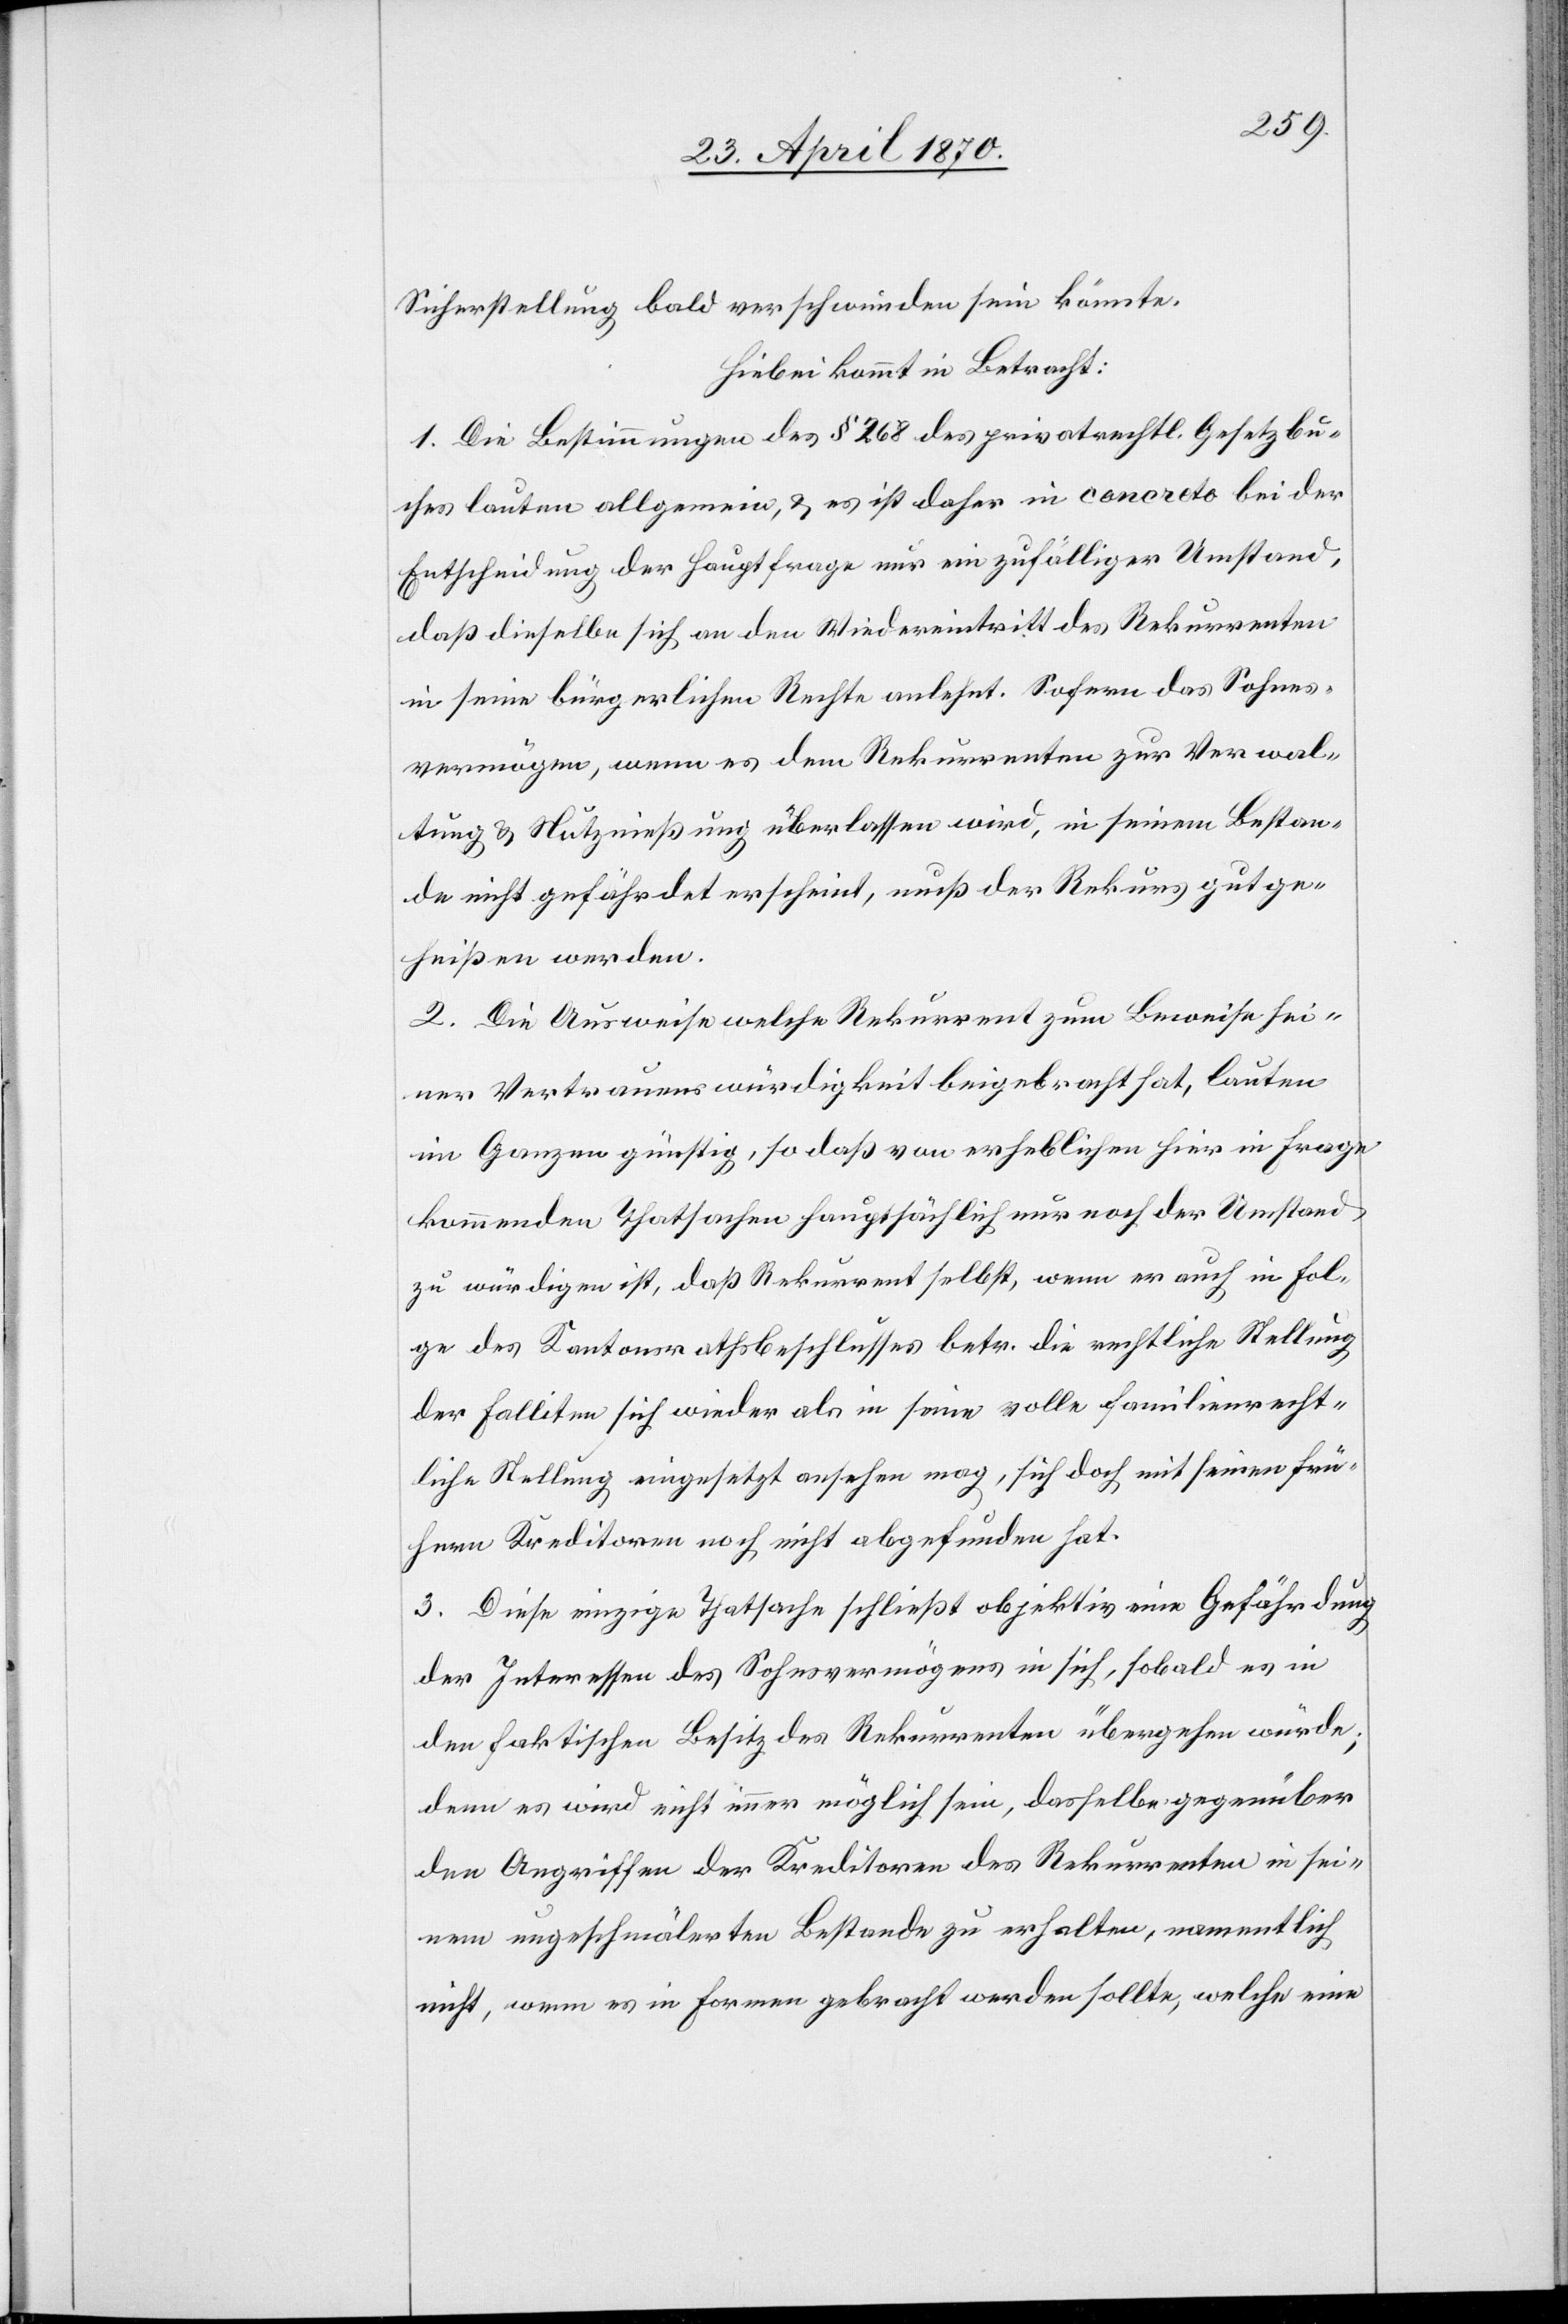
Sicherstellung bald verschwunden sein könnte.
Hiebei kommt in Betracht:
1. Die Bestimmungen des § 268 des privatrechtl. Gesetzbu¬
ches lauten allgemein, & es ist daher in concreto bei der
Entscheidung der Hauptfrage nur ein zufälliger Umstand,
daß dieselben sich an den Wiedereintritt des Rekurrenten
in seine bürgerlichen Rechte anlehnt. Sofern das Sohnes¬
vermögen, wenn es dem Rekurrenten zur Verwal¬
tung & Nutznießung überlassen wird, in seinem Bestan¬
de nicht gefährdet erscheint, muß der Rekurs gutge¬
heißen werden.
2. Die Ausweise welche Rekurrent zum Beweise sei¬
ner Vertrauenswürdigkeit beigebracht hat, lauten
im Ganzen günstig, so daß von erheblichen hier in Frage
kommenden Thatsachen hauptsächlich nur noch der Umstand
zu würdigen ist, daß Rekurrent selbst, wenn er auch in Fol¬
ge des Kantonsrathsbeschlusses betr. die rechtliche Stellung
der Falliten sich wieder als in seine volle familienrecht¬
liche Stellung eingesetzt ansehen mag, sich doch mit seinen frü¬
hern Kreditoren noch nicht abgefunden hat.
3. Diese einzige Thatsache schließt objektiv eine Gefährdung
der Interessen des Sohnsvermögens in sich, sobald es in
den faktischen Besitz des Rekurrenten übergehen würde;
denn es wird nicht immer möglich sein, dasselbe gegenüber
den Angriffen der Kreditoren des Rekurrenten in sei¬
nen ungeschmälerten Bestande zu erhalten, namentlich
nicht, wenn es in Formen gebracht werden sollte, welche eine